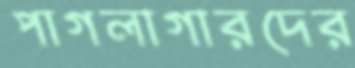
পাগলাগারদের